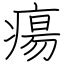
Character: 瘍